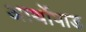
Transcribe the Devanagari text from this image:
आर्थोपाड